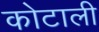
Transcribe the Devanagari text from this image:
कोटाली